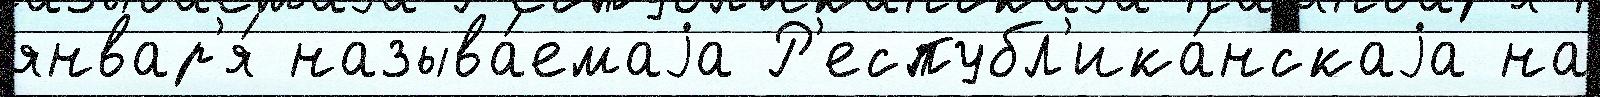
январ'я́ называ́емаjа Р'еспубл'ика́нскаjа на